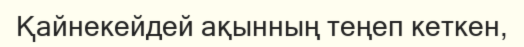
Қайнекейдей ақынның теңеп кеткен,